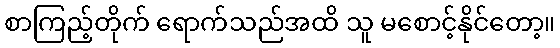
စာကြည့်တိုက် ရောက်သည်အထိ သူ မစောင့်နိုင်တော့။